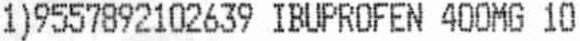
1)9557892102639 IBUPROFEN 400MG 10